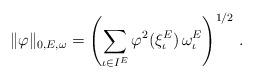
LaTeX: \begin{align*}\Vert \varphi \Vert_{0, E, \omega}= \left(\sum_{\iota \in I^E} \varphi^2(\xi^E_\iota) \,\omega^E_\iota \right)^{1/2} \,.\end{align*}